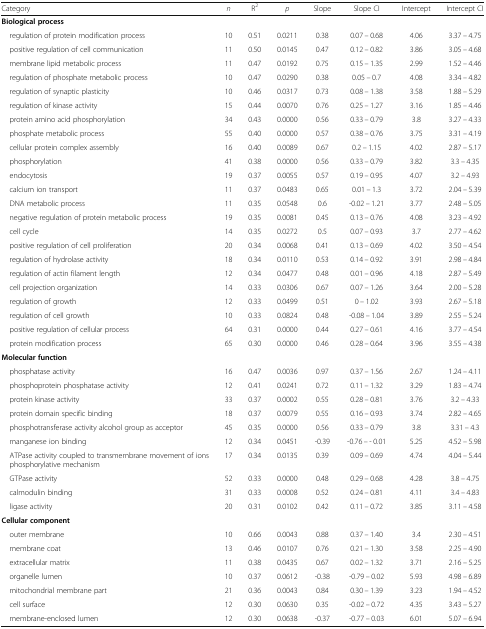
<table><thead><tr><td><b>Category</b></td><td><b><i>n</i></b></td><td><b>R<sup>2</sup></b></td><td><b><i>p</i></b></td><td><b>Slope</b></td><td><b>Slope CI</b></td><td><b>Intercept</b></td><td><b>Intercept CI</b></td></tr></thead><tbody><tr><td colspan="8"><b>Biological process</b></td></tr><tr><td> regulation of protein modification process</td><td>10</td><td>0.51</td><td>0.0211</td><td>0.38</td><td>0.07 – 0.68</td><td>4.06</td><td>3.37 – 4.75</td></tr><tr><td> positive regulation of cell communication</td><td>11</td><td>0.50</td><td>0.0145</td><td>0.47</td><td>0.12 – 0.82</td><td>3.86</td><td>3.05 – 4.68</td></tr><tr><td> membrane lipid metabolic process</td><td>11</td><td>0.47</td><td>0.0192</td><td>0.75</td><td>0.15 – 1.35</td><td>2.99</td><td>1.52 – 4.46</td></tr><tr><td> regulation of phosphate metabolic process</td><td>10</td><td>0.47</td><td>0.0290</td><td>0.38</td><td>0.05 – 0.7</td><td>4.08</td><td>3.34 – 4.82</td></tr><tr><td> regulation of synaptic plasticity</td><td>10</td><td>0.46</td><td>0.0317</td><td>0.73</td><td>0.08 – 1.38</td><td>3.58</td><td>1.88 – 5.29</td></tr><tr><td> regulation of kinase activity</td><td>15</td><td>0.44</td><td>0.0070</td><td>0.76</td><td>0.25 – 1.27</td><td>3.16</td><td>1.85 – 4.46</td></tr><tr><td> protein amino acid phosphorylation</td><td>34</td><td>0.43</td><td>0.0000</td><td>0.56</td><td>0.33 – 0.79</td><td>3.8</td><td>3.27 – 4.33</td></tr><tr><td> phosphate metabolic process</td><td>55</td><td>0.40</td><td>0.0000</td><td>0.57</td><td>0.38 – 0.76</td><td>3.75</td><td>3.31 – 4.19</td></tr><tr><td> cellular protein complex assembly</td><td>16</td><td>0.40</td><td>0.0089</td><td>0.67</td><td>0.2 – 1.15</td><td>4.02</td><td>2.87 – 5.17</td></tr><tr><td> phosphorylation</td><td>41</td><td>0.38</td><td>0.0000</td><td>0.56</td><td>0.33 – 0.79</td><td>3.82</td><td>3.3 – 4.35</td></tr><tr><td> endocytosis</td><td>19</td><td>0.37</td><td>0.0055</td><td>0.57</td><td>0.19 – 0.95</td><td>4.07</td><td>3.2 – 4.93</td></tr><tr><td> calcium ion transport</td><td>11</td><td>0.37</td><td>0.0483</td><td>0.65</td><td>0.01 – 1.3</td><td>3.72</td><td>2.04 – 5.39</td></tr><tr><td> DNA metabolic process</td><td>11</td><td>0.35</td><td>0.0548</td><td>0.6</td><td>-0.02 – 1.21</td><td>3.77</td><td>2.48 – 5.05</td></tr><tr><td> negative regulation of protein metabolic process</td><td>19</td><td>0.35</td><td>0.0081</td><td>0.45</td><td>0.13 – 0.76</td><td>4.08</td><td>3.23 – 4.92</td></tr><tr><td> cell cycle</td><td>14</td><td>0.35</td><td>0.0272</td><td>0.5</td><td>0.07 – 0.93</td><td>3.7</td><td>2.77 – 4.62</td></tr><tr><td> positive regulation of cell proliferation</td><td>20</td><td>0.34</td><td>0.0068</td><td>0.41</td><td>0.13 – 0.69</td><td>4.02</td><td>3.50 – 4.54</td></tr><tr><td> regulation of hydrolase activity</td><td>18</td><td>0.34</td><td>0.0110</td><td>0.53</td><td>0.14 – 0.92</td><td>3.91</td><td>2.98 – 4.84</td></tr><tr><td> regulation of actin filament length</td><td>12</td><td>0.34</td><td>0.0477</td><td>0.48</td><td>0.01 – 0.96</td><td>4.18</td><td>2.87 – 5.49</td></tr><tr><td> cell projection organization</td><td>14</td><td>0.33</td><td>0.0306</td><td>0.67</td><td>0.07 – 1.26</td><td>3.64</td><td>2.00 – 5.28</td></tr><tr><td> regulation of growth</td><td>12</td><td>0.33</td><td>0.0499</td><td>0.51</td><td>0 – 1.02</td><td>3.93</td><td>2.67 – 5.18</td></tr><tr><td> regulation of cell growth</td><td>10</td><td>0.33</td><td>0.0824</td><td>0.48</td><td>-0.08 – 1.04</td><td>3.89</td><td>2.55 – 5.24</td></tr><tr><td> positive regulation of cellular process</td><td>64</td><td>0.31</td><td>0.0000</td><td>0.44</td><td>0.27 – 0.61</td><td>4.16</td><td>3.77 – 4.54</td></tr><tr><td> protein modification process</td><td>65</td><td>0.30</td><td>0.0000</td><td>0.46</td><td>0.28 – 0.64</td><td>3.96</td><td>3.55 – 4.38</td></tr><tr><td colspan="8"><b>Molecular function</b></td></tr><tr><td> phosphatase activity</td><td>16</td><td>0.47</td><td>0.0036</td><td>0.97</td><td>0.37 – 1.56</td><td>2.67</td><td>1.24 – 4.11</td></tr><tr><td> phosphoprotein phosphatase activity</td><td>12</td><td>0.41</td><td>0.0241</td><td>0.72</td><td>0.11 – 1.32</td><td>3.29</td><td>1.83 – 4.74</td></tr><tr><td> protein kinase activity</td><td>33</td><td>0.37</td><td>0.0002</td><td>0.55</td><td>0.28 – 0.81</td><td>3.76</td><td>3.2 – 4.33</td></tr><tr><td> protein domain specific binding</td><td>18</td><td>0.37</td><td>0.0079</td><td>0.55</td><td>0.16 – 0.93</td><td>3.74</td><td>2.82 – 4.65</td></tr><tr><td> phosphotransferase activity alcohol group as acceptor</td><td>45</td><td>0.35</td><td>0.0000</td><td>0.56</td><td>0.33 – 0.79</td><td>3.8</td><td>3.31 – 4.3</td></tr><tr><td> manganese ion binding</td><td>12</td><td>0.34</td><td>0.0451</td><td>-0.39</td><td>-0.76 – - 0.01</td><td>5.25</td><td>4.52 – 5.98</td></tr><tr><td> ATPase activity coupled to transmembrane movement of ions phosphorylative mechanism</td><td>17</td><td>0.34</td><td>0.0135</td><td>0.39</td><td>0.09 – 0.69</td><td>4.74</td><td>4.04 – 5.44</td></tr><tr><td> GTPase activity</td><td>52</td><td>0.33</td><td>0.0000</td><td>0.48</td><td>0.29 – 0.68</td><td>4.28</td><td>3.8 – 4.75</td></tr><tr><td> calmodulin binding</td><td>31</td><td>0.33</td><td>0.0008</td><td>0.52</td><td>0.24 – 0.81</td><td>4.11</td><td>3.4 – 4.83</td></tr><tr><td> ligase activity</td><td>20</td><td>0.31</td><td>0.0102</td><td>0.42</td><td>0.11 – 0.72</td><td>3.85</td><td>3.11 – 4.58</td></tr><tr><td colspan="8"><b>Cellular component</b></td></tr><tr><td> outer membrane</td><td>10</td><td>0.66</td><td>0.0043</td><td>0.88</td><td>0.37 – 1.40</td><td>3.4</td><td>2.30 – 4.51</td></tr><tr><td> membrane coat</td><td>13</td><td>0.46</td><td>0.0107</td><td>0.76</td><td>0.21 – 1.30</td><td>3.58</td><td>2.25 – 4.90</td></tr><tr><td> extracellular matrix</td><td>11</td><td>0.38</td><td>0.0435</td><td>0.67</td><td>0.02 – 1.32</td><td>3.71</td><td>2.16 – 5.25</td></tr><tr><td> organelle lumen</td><td>10</td><td>0.37</td><td>0.0612</td><td>-0.38</td><td>-0.79 – 0.02</td><td>5.93</td><td>4.98 – 6.89</td></tr><tr><td> mitochondrial membrane part</td><td>21</td><td>0.36</td><td>0.0043</td><td>0.84</td><td>0.30 – 1.39</td><td>3.23</td><td>1.94 – 4.52</td></tr><tr><td> cell surface</td><td>12</td><td>0.30</td><td>0.0630</td><td>0.35</td><td>-0.02 – 0.72</td><td>4.35</td><td>3.43 – 5.27</td></tr><tr><td> membrane-enclosed lumen</td><td>12</td><td>0.30</td><td>0.0638</td><td>-0.37</td><td>-0.77 – 0.03</td><td>6.01</td><td>5.07 – 6.94</td></tr></tbody></table>